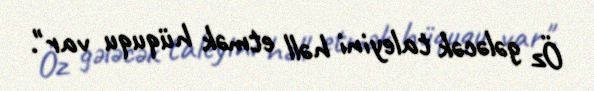
Öz gələcək taleyini həll etmək hüququ var".